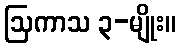
ဩကာသ ၃-မျိုး။